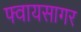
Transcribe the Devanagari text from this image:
फ्वायसागर